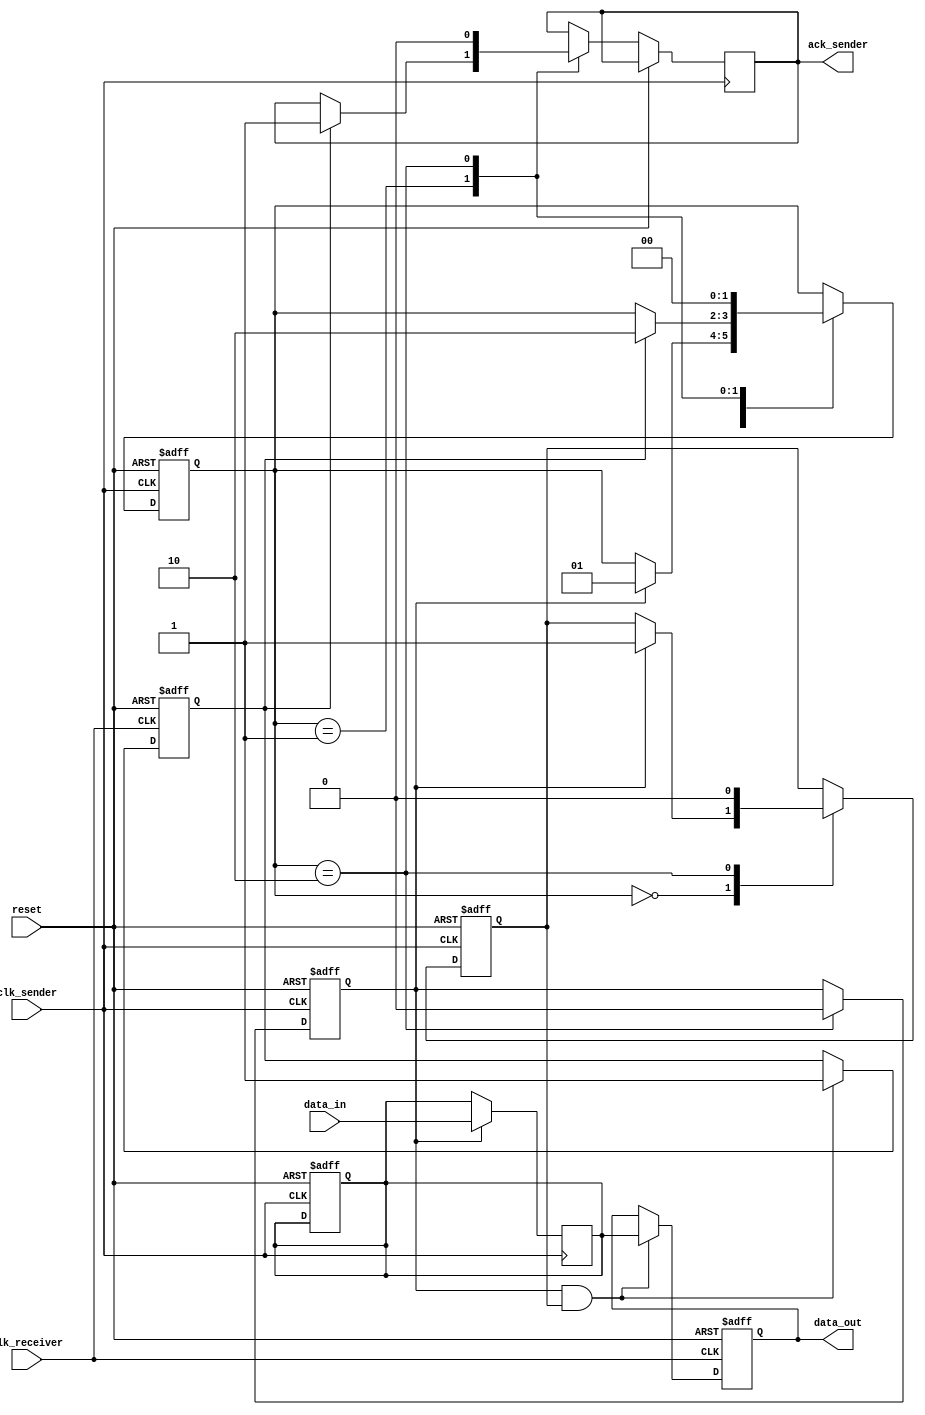
module handshake_synchronizer #(
    parameter DATA_WIDTH = 8
)(
    input wire clk_sender,         // Sender clock
    input wire clk_receiver,       // Receiver clock
    input wire reset,              // Asynchronous reset
    input wire [DATA_WIDTH-1:0] data_in,  // Data input from sender
    output reg [DATA_WIDTH-1:0] data_out, // Data output to receiver
    output reg ack_sender          // Acknowledgment signal to sender
);

    // Sender side signals
    reg [DATA_WIDTH-1:0] data_reg;
    reg valid;
    reg handshake;

    // Receiver side signals
    reg valid_receiver;
    reg handshake_receiver;
    reg ack_receiver;

    // State Definitions
    localparam IDLE = 2'b00;
    localparam DATA_READY = 2'b01;
    localparam ACK_RECEIVED = 2'b10;

    reg [1:0] state, next_state;

    // Sender process
    always @(posedge clk_sender or posedge reset) begin
        if (reset) begin
            data_reg <= 0;
            valid <= 0;
            handshake <= 0;
            state <= IDLE;
        end else begin
            case (state)
                IDLE: begin
                    if (valid) begin
                        handshake <= 1;
                        state <= DATA_READY;
                    end
                end
                DATA_READY: begin
                    if (handshake_receiver) begin
                        ack_sender <= 1;
                        state <= ACK_RECEIVED;
                    end
                end
                ACK_RECEIVED: begin
                    handshake <= 0;
                    ack_sender <= 0;
                    valid <= 0; // Prepare for next data
                    state <= IDLE;
                end
            endcase
        end
    end

    // Capture data on sender clock
    always @(posedge clk_sender) begin
        if (valid) begin
            data_reg <= data_in;
        end
    end

    // Receiver process
    always @(posedge clk_receiver or posedge reset) begin
        if (reset) begin
            data_out <= 0;
            ack_receiver <= 0;
            valid_receiver <= 0;
            handshake_receiver <= 0;
        end else begin
            if (valid && handshake) begin
                data_out <= data_reg; // Capture data
                valid_receiver <= 1;
                handshake_receiver <= 1;
            end else if (ack_receiver) begin
                ack_receiver <= 0; // Reset acknowledgment
            end
        end
    end

    // Acknowledge back to sender
    always @(posedge clk_receiver) begin
        if (valid_receiver) begin
            ack_receiver <= 1; // Acknowledge receipt of data
            valid_receiver <= 0; // Reset valid signal
        end
    end

    // Synchronize handshake signal to receiver clock domain
    reg handshake_sync_1, handshake_sync_2;
    always @(posedge clk_receiver or posedge reset) begin
        if (reset) begin
            handshake_sync_1 <= 0;
            handshake_sync_2 <= 0;
        end else begin
            handshake_sync_1 <= handshake;
            handshake_sync_2 <= handshake_sync_1; // Dual-flop synchronizer
        end
    end

endmodule